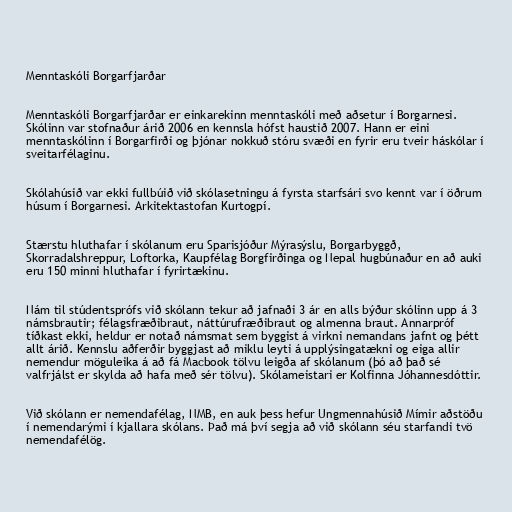
Menntaskóli Borgarfjarðar

Menntaskóli Borgarfjarðar er einkarekinn menntaskóli með aðsetur í Borgarnesi.
Skólinn var stofnaður árið 2006 en kennsla hófst haustið 2007. Hann er eini
menntaskólinn í Borgarfirði og þjónar nokkuð stóru svæði en fyrir eru tveir háskólar í
sveitarfélaginu.

Skólahúsið var ekki fullbúið við skólasetningu á fyrsta starfsári svo kennt var í öðrum
húsum í Borgarnesi. Arkitektastofan Kurtogpí.

Stærstu hluthafar í skólanum eru Sparisjóður Mýrasýslu, Borgarbyggð,
Skorradalshreppur, Loftorka, Kaupfélag Borgfirðinga og Nepal hugbúnaður en að auki
eru 150 minni hluthafar í fyrirtækinu.

Nám til stúdentsprófs við skólann tekur að jafnaði 3 ár en alls býður skólinn upp á 3
námsbrautir; félagsfræðibraut, náttúrufræðibraut og almenna braut. Annarpróf
tíðkast ekki, heldur er notað námsmat sem byggist á virkni nemandans jafnt og þétt
allt árið. Kennslu aðferðir byggjast að miklu leyti á upplýsingatækni og eiga allir
nemendur möguleika á að fá Macbook tölvu leigða af skólanum (þó að það sé
valfrjálst er skylda að hafa með sér tölvu). Skólameistari er Kolfinna Jóhannesdóttir.

Við skólann er nemendafélag, NMB, en auk þess hefur Ungmennahúsið Mímir aðstöðu
í nemendarými í kjallara skólans. Það má því segja að við skólann séu starfandi tvö
nemendafélög.